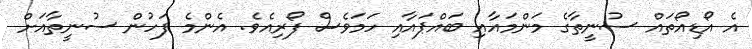
އެ އޯޑިއޯތައް ސުނީތާގެ މަންމައާއި ބައްޕައާއި ހަމަވެސް ފޯރިއެވެ. އެންމެ ފަހުން ސުނީތާއަށް